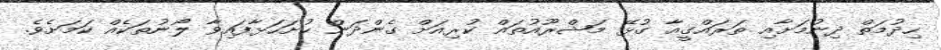
ހިދުމަތް ދިނުމަށާއި ތަރައްގީއާ ގުޅޭ މަޝްރޫއުތައް ކުރިއަށް ގެންދަން ހުށަހަޅާފައިވާ ލޯނުތަކެއް ކަމަށެވެ.